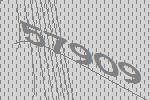
57909